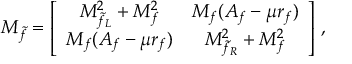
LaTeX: { \cal M } _ { \tilde { f } } = \left[ \begin{array} { c c } { { M _ { \tilde { f } _ { L } } ^ { 2 } + M _ { f } ^ { 2 } } } & { { M _ { f } ( A _ { f } - \mu r _ { f } ) } } \\ { { M _ { f } ( A _ { f } - \mu r _ { f } ) } } & { { M _ { \tilde { f } _ { R } } ^ { 2 } + M _ { f } ^ { 2 } } } \end{array} \right] \, ,